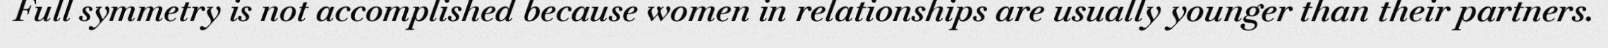
Full symmetry is not accomplished because women in relationships are usually younger than their partners.